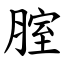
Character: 腟